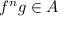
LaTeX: f ^ { n } g \in A